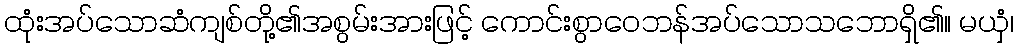
ထုံးအပ်သောဆံကျစ်တို့၏အစွမ်းအားဖြင့် ကောင်းစွာဝေဘန်အပ်သောသဘောရှိ၏။ မယှံ၊